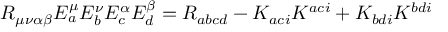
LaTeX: R _ { \mu \nu \alpha \beta } E _ { a } ^ { \mu } E _ { b } ^ { \nu } E _ { c } ^ { \alpha } E _ { d } ^ { \beta } = R _ { a b c d } - K _ { a c i } K ^ { a c i } + K _ { b d i } K ^ { b d i }